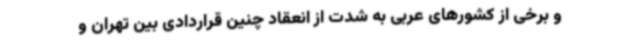
و برخی از کشورهای عربی به شدت از انعقاد چنین قراردادی بین تهران و